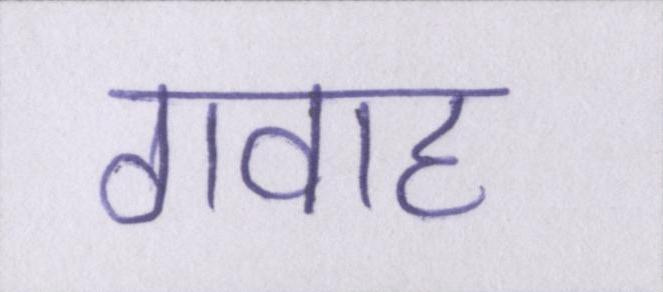
गवाह